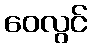
ဝေလွင်